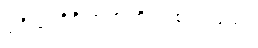
ပုရိသာဒိဂိုဏ်အတိုင်း စဉ်ရမည်။